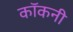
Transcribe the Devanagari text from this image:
कॉकनी